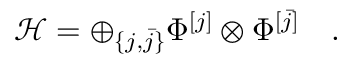
{ \mathcal H } = \oplus _ { \{ j , \bar { j } \} } \Phi ^ { [ j ] } \otimes \Phi ^ { [ \bar { j } ] } \quad .